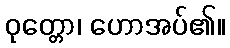
ဝုတ္တော၊ ဟောအပ်၏။